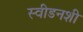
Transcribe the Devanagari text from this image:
स्वीडनशी